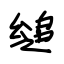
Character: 缒